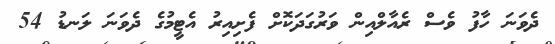
ދެވަނަ ހާފު ވެސް ރެއާލްއިން ވަރުގަދަކޮށް ފެށިއިރު އެޓީމުގެ ދެވަނަ ލަނޑު 54